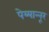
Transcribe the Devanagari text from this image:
पेय्यान्‍नूर